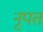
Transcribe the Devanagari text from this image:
नृपत